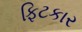
ફિટકાર